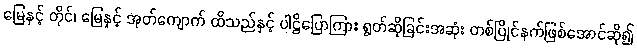
မြေနှင့် တိုင်၊ မြေနှင့် အုတ်ကျောက် ထိသည်နှင့် ပါဠိပြောကြား ရွတ်ဆိုခြင်းအဆုံး တစ်ပြိုင်နက်ဖြစ်အောင်ဆို၍